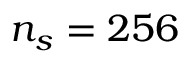
n _ { s } = 2 5 6